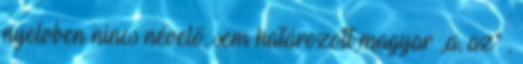
nyelvben nincs névelő, sem határozott magyar „a, az” ,